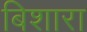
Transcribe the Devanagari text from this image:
बिशारा